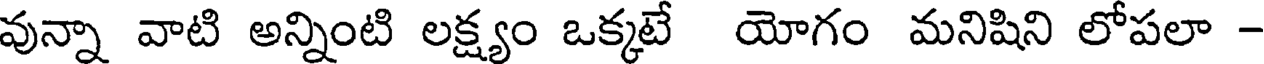
వున్నా వాటి అన్నింటి లక్ష్యం ఒక్కటే యోగం మనిషిని లోపలా -